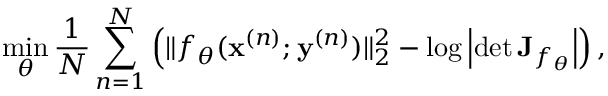
\underset { \theta } { \operatorname* { m i n } } \, \frac { 1 } { N } \sum _ { n = 1 } ^ { N } \left( \lVert f _ { \theta } ( \mathbf { x } ^ { ( n ) } ; \mathbf { y } ^ { ( n ) } ) \rVert _ { 2 } ^ { 2 } - \log \left| \operatorname* { d e t } { \mathbf { J } _ { f _ { \theta } } } \right| \right) ,